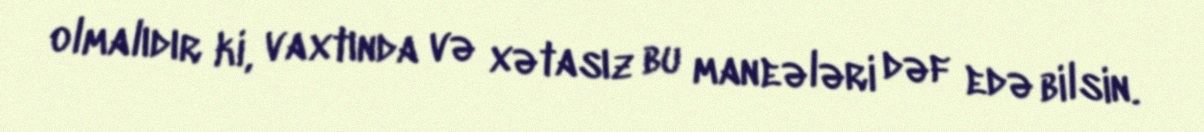
olmalıdır ki, vaxtında və xətasız bu maneələri dəf edə bilsin.